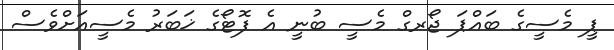
ޕީ މެސީގެ ބައްޕަ ޖޯރގް މެސީ ބުނީ އެ ފޮޓޯގެ ޚަބަރު މެސީއަށްވެސް